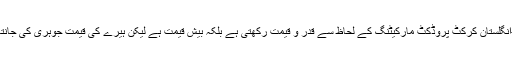
پاک-انگلستان کرکٹ پروڈکٹ مارکیٹنگ کے لحاظ سے قدر و قیمت رکھتی ہے بلکہ بیش قیمت ہے لیکن ہیرے کی قیمت جوہری کی جانتا ہے۔